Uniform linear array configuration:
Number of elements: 64
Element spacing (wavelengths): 0.75
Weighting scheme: cosine
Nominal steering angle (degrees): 60
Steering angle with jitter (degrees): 61.792
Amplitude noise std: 0.05
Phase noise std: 0.05

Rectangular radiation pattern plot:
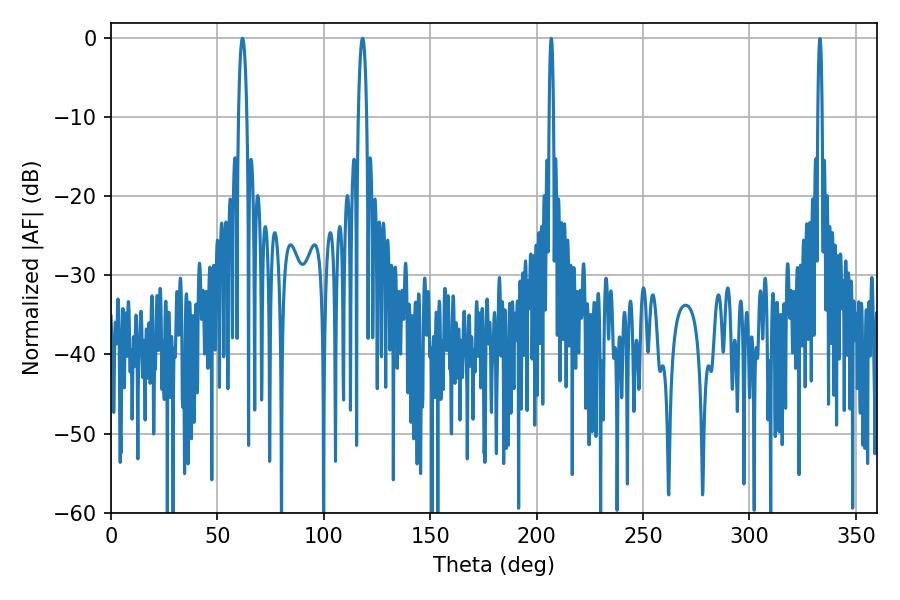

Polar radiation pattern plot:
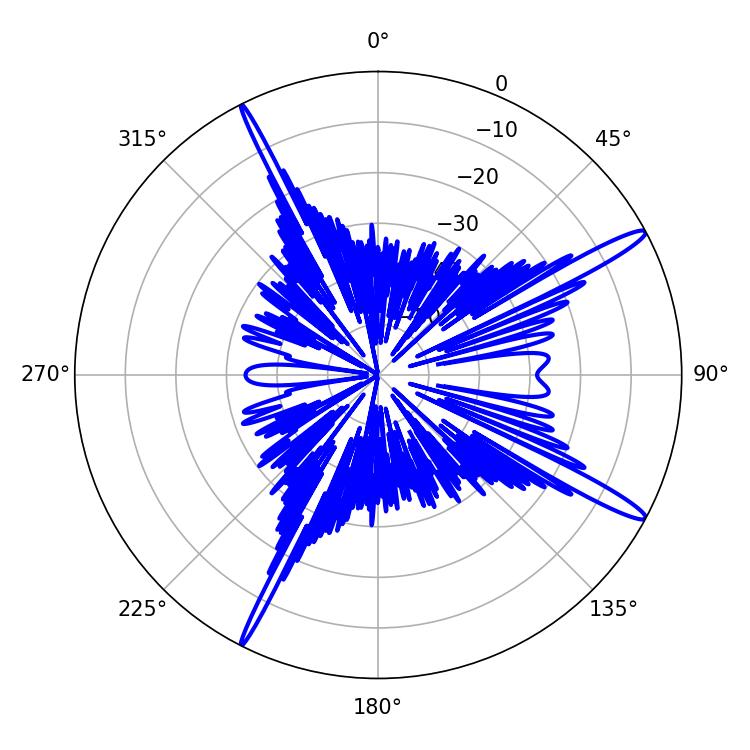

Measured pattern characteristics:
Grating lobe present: TRUE
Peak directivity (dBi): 15.442
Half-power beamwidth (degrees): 2.16
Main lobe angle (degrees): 118.26